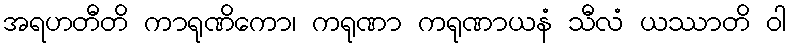
အရဟတီတိ ကာရုဏိကော၊ ကရုဏာ ကရုဏာယနံ သီလံ ယဿာတိ ဝါ